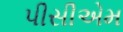
પીસીએમ